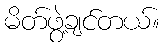
မိတ်ဖွဲ့ချင်တယ်။